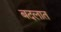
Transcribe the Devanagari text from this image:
बदलात